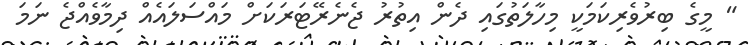
" މީގެ ބިރުވެރިކަމަކީ މިހާލަތުގައި ދެން އިތުރު ޖެނެރޭޓަރަކަށް މައްސަލައެއް ދިމާވެއްޖެ ނަމަ